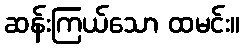
ဆန်းကြယ်သော ထမင်း။